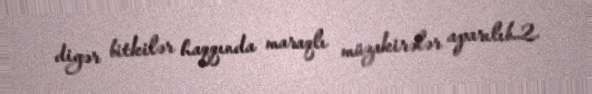
digər bitkilər haqqında maraqlı müzakirələr aparılıb.2.